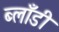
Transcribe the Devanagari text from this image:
ब्लाँडी